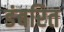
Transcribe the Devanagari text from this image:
डंबरित